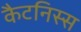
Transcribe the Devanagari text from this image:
कैटनिस्स